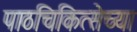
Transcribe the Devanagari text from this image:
पाठचिकित्सेच्या